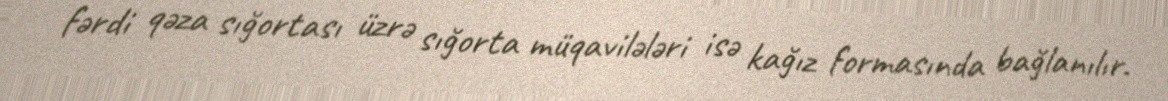
fərdi qəza sığortası üzrə sığorta müqavilələri isə kağız formasında bağlanılır.